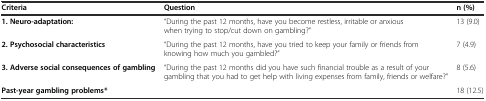
<table><thead><tr><td><b>Criteria</b></td><td><b>Question</b></td><td><b>n (%)</b></td></tr></thead><tbody><tr><td><b>1. Neuro-adaptation:</b></td><td>“During the past 12 months, have you become restless, irritable or anxious when trying to stop/cut down on gambling?”</td><td>13 (9.0)</td></tr><tr><td><b>2. Psychosocial characteristics</b></td><td>“During the past 12 months, have you tried to keep your family or friends from knowing how much you gambled?”</td><td>7 (4.9)</td></tr><tr><td><b>3. Adverse social consequences of gambling</b></td><td>“During the past 12 months did you have such financial trouble as a result of your gambling that you had to get help with living expenses from family, friends or welfare?”</td><td>8 (5.6)</td></tr><tr><td><b>Past-year gambling problems*</b></td><td></td><td>18 (12.5)</td></tr></tbody></table>